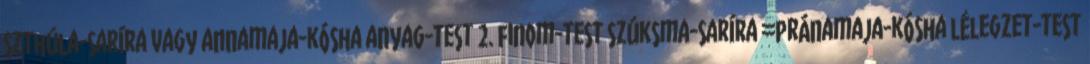
szthúla-saríra vagy annamaja-kósha anyag-test 2. finom-test szúksma-saríra =pránamaja-kósha lélegzet-test